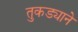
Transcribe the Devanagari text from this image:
तुकड्याने